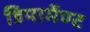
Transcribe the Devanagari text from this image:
डिपार्मेण्ट